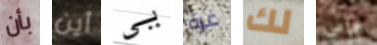
بأن أين يي غرة لك وإني